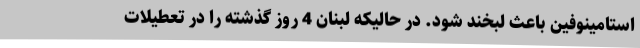
استامینوفین باعث لبخند شود. در حالیکه لبنان 4 روز گذشته را در تعطیلات